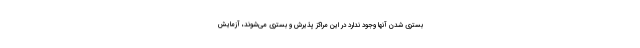
بستری شدن آنها وجود ندارد در این مراکز پذیرش و بستری می‌شوند، آزمایش